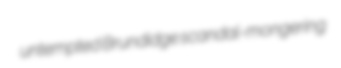
untempted Brundidge scandal-mongering